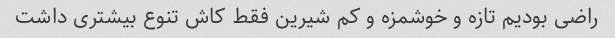
راضی بودیم تازه و خوشمزه و کم شیرین فقط کاش تنوع بیشتری داشت